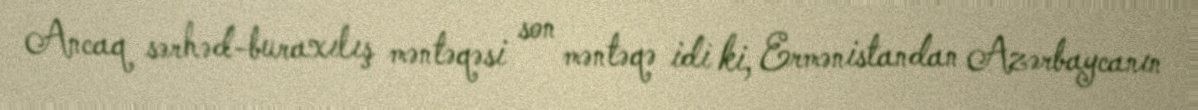
Ancaq sərhəd-buraxılış məntəqəsi son məntəqə idi ki, Ermənistandan Azərbaycanın